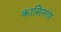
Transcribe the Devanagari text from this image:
कासिनगर